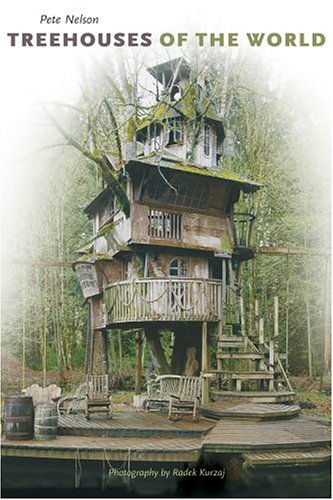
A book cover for Treehouses of the World; Pete Nelson; Crafts, Hobbies & Home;